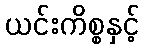
ယင်းကိစ္စနှင့်